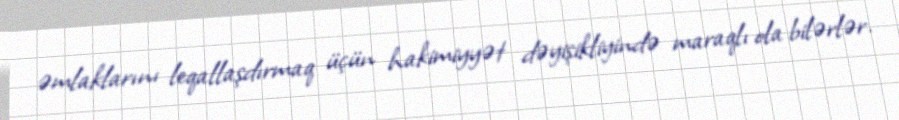
əmlaklarını leqallaşdırmaq üçün hakimiyyət dəyişikliyində maraqlı ola bilərlər.